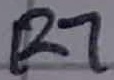
Text: R7